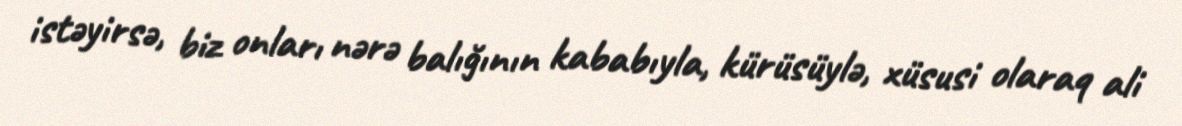
istəyirsə, biz onları nərə balığının kababıyla, kürüsüylə, xüsusi olaraq ali